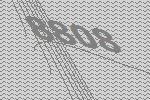
8808